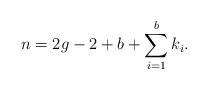
LaTeX: \begin{align*} n=2g-2+b+\sum_{i=1}^b k_i.\end{align*}